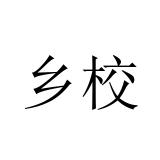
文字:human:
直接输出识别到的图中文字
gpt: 乡校